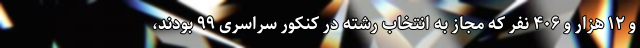
و ۱۲ هزار و ۴۰۶ نفر که مجاز به انتخاب رشته در کنکور سراسری ۹۹ بودند،